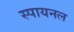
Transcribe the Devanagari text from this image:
स्पायनल